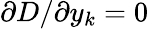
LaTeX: {\partial D/\partial y_{k}}=0